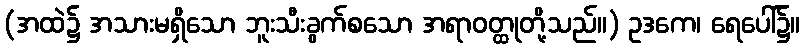
(အထဲ၌ အသားမရှိသော ဘူးသီးခွက်စသော အရာဝတ္ထုတို့သည်။) ဥဒကေ၊ ရေပေါ်၌။